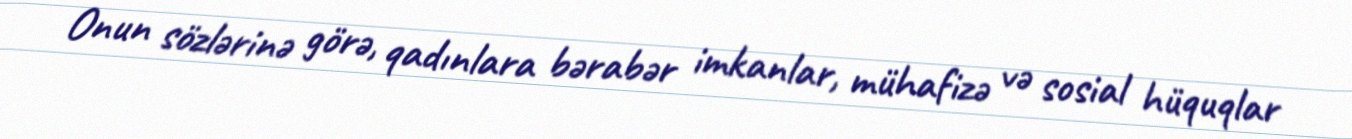
Onun sözlərinə görə, qadınlara bərabər imkanlar, mühafizə və sosial hüquqlar